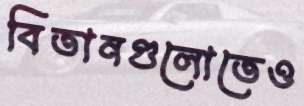
বিতানগুলোতেও